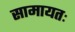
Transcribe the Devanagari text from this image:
सामायतः